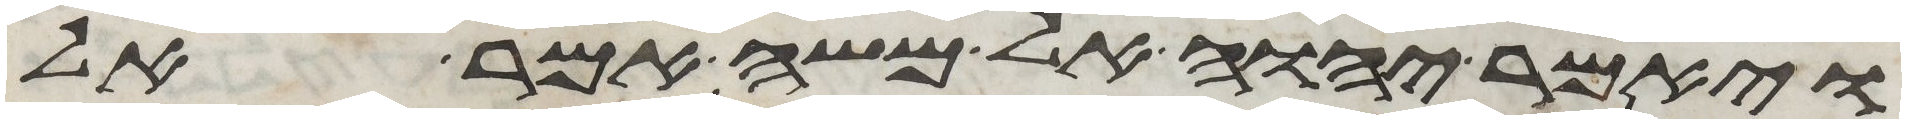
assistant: ויאמר יהוה אל משה אמר אל